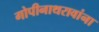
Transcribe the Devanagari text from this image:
गोपीनाथरावांना